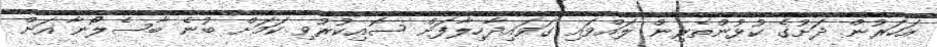
އަހަރުން ދަށުގެ ކުޅުންތެރިން ލައްވައި ގަވައިދާހިލާފަށް ސޮއިކުރުވި ކަމަށް ބުނެ ބާސެލޯނާ އަށް